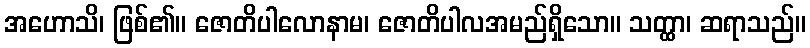
အဟောသိ၊ ဖြစ်၏။ ဇောတိပါလောနာမ၊ ဇောတိပါလအမည်ရှိသော။ သတ္ထာ၊ ဆရာသည်။